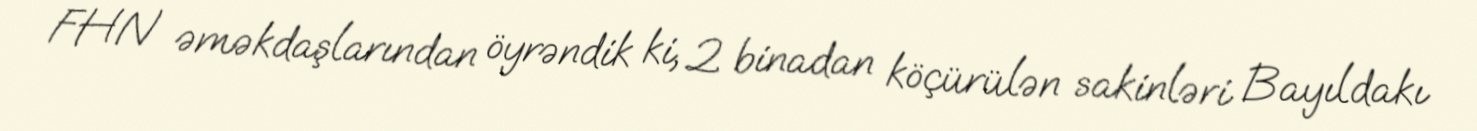
FHN əməkdaşlarından öyrəndik ki, 2 binadan köçürülən sakinləri Bayıldakı